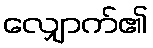
လျှောက်၏